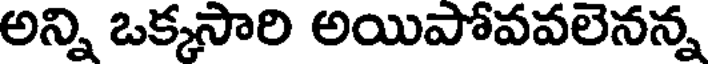
అన్ని ఒక్కసారి అయిపోవవలెనన్న